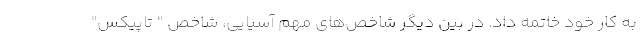
به کار خود خاتمه داد. در بین دیگر شاخص‌های مهم آسیایی، شاخص " تاپیکس"